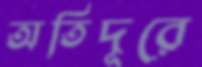
অতিদূরে